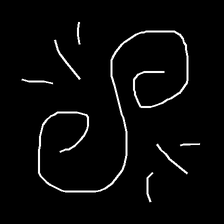
Glyph: wind-directs-air